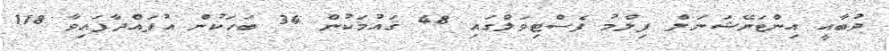
ދުބާއީ އިންޓަނޭޝަނަލް ފިލްމު ފެސްޓިވަލްގައި 48 ޤައުމަކުން 34 ބަހަކުން އުފައްދާފައިވާ 118